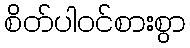
စိတ်ပါဝင်စားစွာ